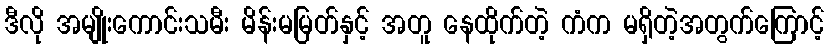
ဒီလို အမျိုးကောင်းသမီး မိန်းမမြတ်နှင့် အတူ နေထိုက်တဲ့ ကံက မရှိတဲ့အတွက်ကြောင့်